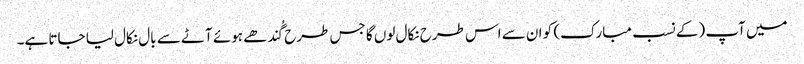
میں آپ (کے نسب مبارک) کو ان سے اس طرح نکال لوں گا جس طرح گُندھے ہوئے آٹے سے بال نکال لیا جاتا ہے۔